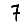
Digit: 7